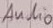
Text: Audio